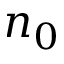
n _ { 0 }